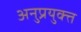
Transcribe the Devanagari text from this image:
अनुप्रयुक्त्त